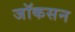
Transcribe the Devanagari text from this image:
जॉकसन